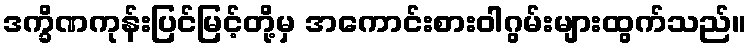
ဒက္ခိဏကုန်းပြင်မြင့်တို့မှ အကောင်းစားဝါဂွမ်းများထွက်သည်။